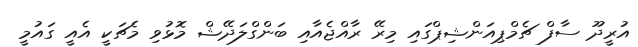
އުރީދޫ ސާފް ޗެމްޕިއަންޝިޕްގައި މިރޭ ރާއްޖެއާއި ބަންގްލަދޭޝް މޮޅުވި މެޗަކީ އެއީ ގައުމީ